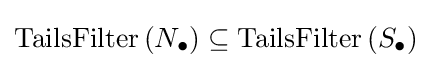
\operatorname {TailsFilter} \left(N_{\bullet }\right)\subseteq \operatorname {TailsFilter} \left(S_{\bullet }\right)